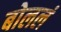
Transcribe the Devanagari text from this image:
बोललं